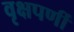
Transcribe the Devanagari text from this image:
वृक्षपर्णी